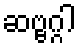
ဆဗ္ဗဂ္ဂါ